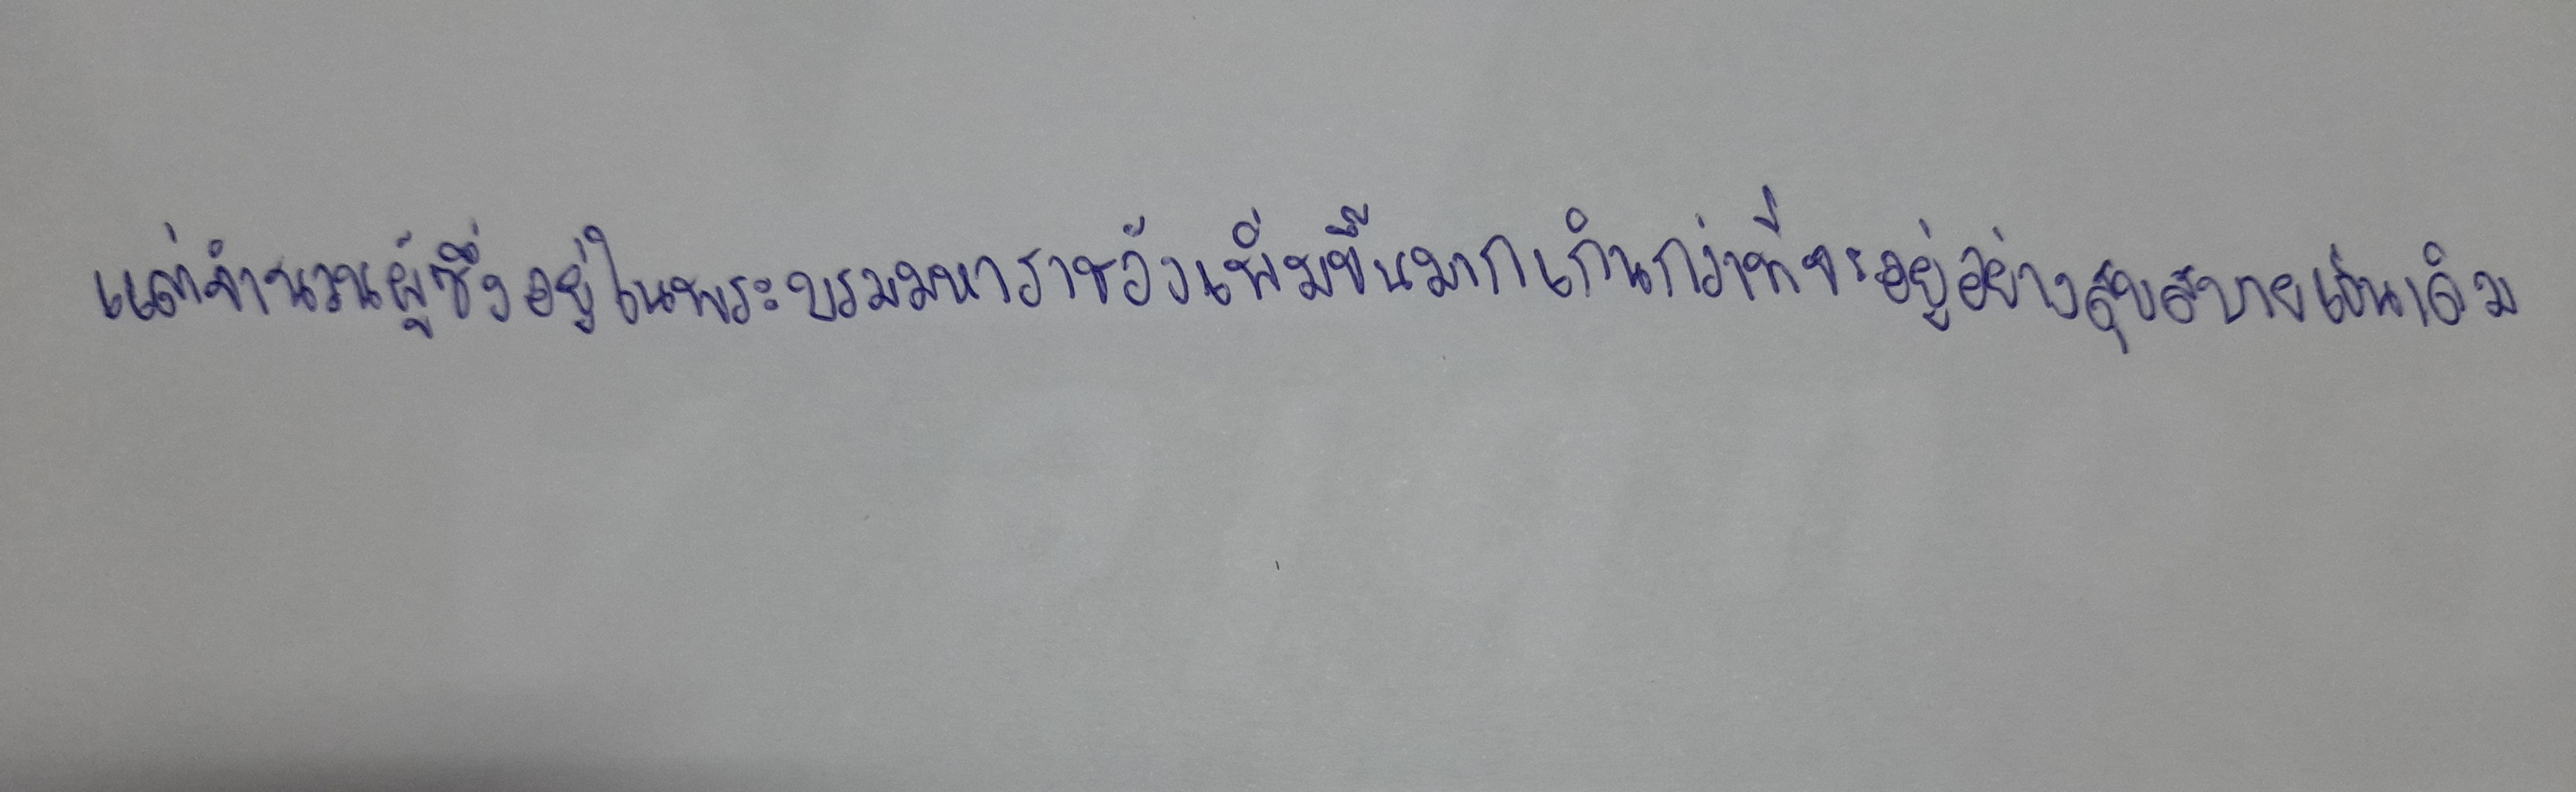
แต่จำนวนผู้ซึ่งอยู่ในพระบรมมหาราชวังเพิ่มขึ้นมากเกินกว่าที่จะอยู่อย่างสุขสบายเช่นเดิม